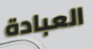
العبادة